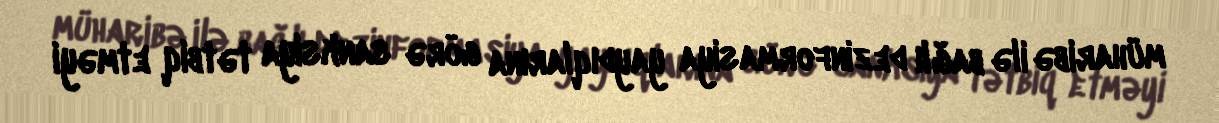
müharibə ilə bağlı dezinformasiya yaydıqlarına görə sanksiya tətbiq etməyi